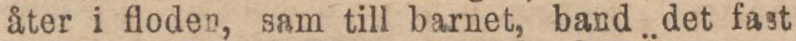
åter i floden, sam till barnet, band det fast